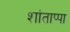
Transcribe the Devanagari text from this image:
शांताप्पा